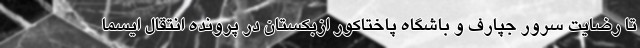
تا رضایت سرور جپارف و باشگاه پاختاکور ازبکستان در پرونده انتقال ایسما